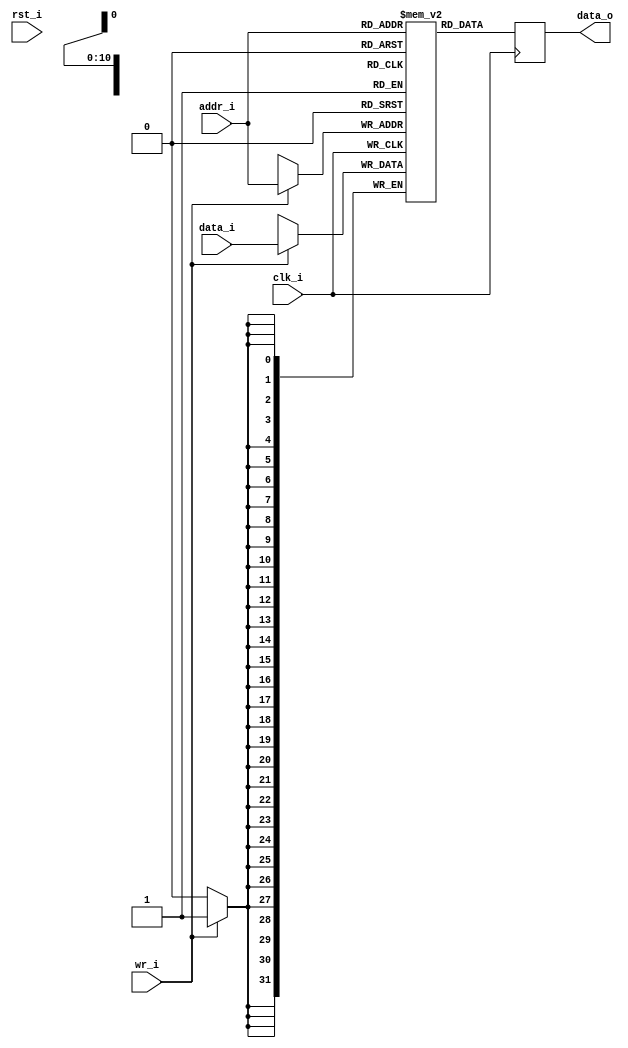
module icache_data_ram
(
    // Inputs
     input           clk_i
    ,input           rst_i
    ,input  [ 10:0]  addr_i
    ,input  [ 31:0]  data_i
    ,input           wr_i

    // Outputs
    ,output [ 31:0]  data_o
);




//-----------------------------------------------------------------
// Single Port RAM 8KB
// Mode: Read First
//-----------------------------------------------------------------
reg [31:0]   ram [2047:0] /*verilator public*/;
reg [31:0]   ram_read_q;

// Synchronous write
always @ (posedge clk_i)
begin
    if (wr_i)
        ram[addr_i] <= data_i;
    ram_read_q <= ram[addr_i];
end

assign data_o = ram_read_q;



endmodule